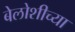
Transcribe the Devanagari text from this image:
बेलोशीच्या